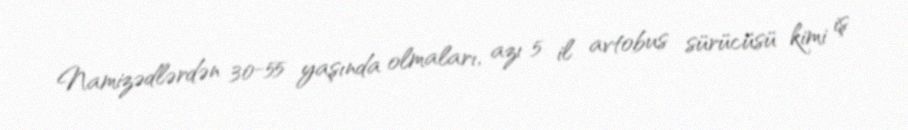
Namizədlərdən 30-55 yaşında olmaları, azı 5 il avtobus sürücüsü kimi iş